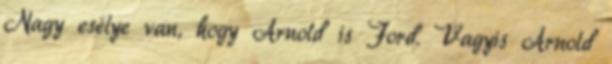
Nagy esélye van, hogy Arnold is Ford. Vagyis Arnold